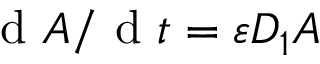
\mathrm { ~ d ~ } A / \mathrm { ~ d ~ } t = \varepsilon D _ { 1 } A